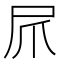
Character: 𫵕